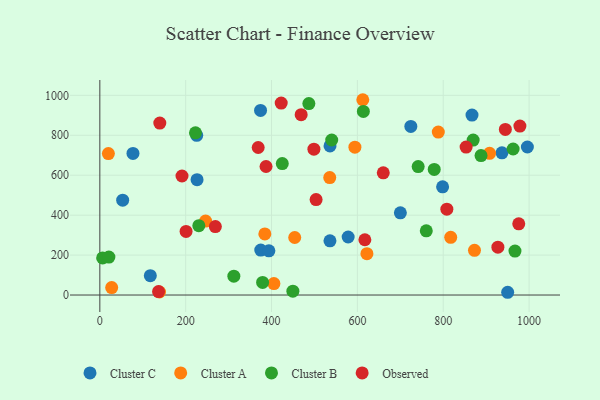
{"axis": {"x": "Distance", "y": "Fuel Efficiency"}, "legend": ["Cluster A", "Cluster B", "Cluster C", "Observed"], "data": [{"x": "536.2", "y": 746.8, "type": "Cluster C"}, {"x": "225.7", "y": 800.0, "type": "Cluster C"}, {"x": "798.5", "y": 541.8, "type": "Cluster C"}, {"x": "77.2", "y": 709.4, "type": "Cluster C"}, {"x": "536.1", "y": 271.4, "type": "Cluster C"}, {"x": "724.5", "y": 844.3, "type": "Cluster C"}, {"x": "117.6", "y": 96.7, "type": "Cluster C"}, {"x": "578.5", "y": 290.6, "type": "Cluster C"}, {"x": "374.9", "y": 225.3, "type": "Cluster C"}, {"x": "374.4", "y": 924.6, "type": "Cluster C"}, {"x": "393.8", "y": 221.6, "type": "Cluster C"}, {"x": "996.0", "y": 741.4, "type": "Cluster C"}, {"x": "53.2", "y": 475.1, "type": "Cluster C"}, {"x": "867.0", "y": 901.2, "type": "Cluster C"}, {"x": "936.8", "y": 712.1, "type": "Cluster C"}, {"x": "950.1", "y": 13.8, "type": "Cluster C"}, {"x": "226.5", "y": 577.5, "type": "Cluster C"}, {"x": "700.1", "y": 411.7, "type": "Cluster C"}, {"x": "817.4", "y": 289.0, "type": "Cluster A"}, {"x": "788.5", "y": 816.0, "type": "Cluster A"}, {"x": "27.6", "y": 37.3, "type": "Cluster A"}, {"x": "384.4", "y": 305.8, "type": "Cluster A"}, {"x": "535.6", "y": 588.4, "type": "Cluster A"}, {"x": "907.9", "y": 709.8, "type": "Cluster A"}, {"x": "594.2", "y": 740.4, "type": "Cluster A"}, {"x": "139.0", "y": 15.3, "type": "Cluster A"}, {"x": "622.2", "y": 206.9, "type": "Cluster A"}, {"x": "872.8", "y": 224.1, "type": "Cluster A"}, {"x": "246.3", "y": 370.4, "type": "Cluster A"}, {"x": "19.9", "y": 708.2, "type": "Cluster A"}, {"x": "612.6", "y": 978.1, "type": "Cluster A"}, {"x": "454.0", "y": 288.2, "type": "Cluster A"}, {"x": "405.5", "y": 57.6, "type": "Cluster A"}, {"x": "888.0", "y": 698.4, "type": "Cluster B"}, {"x": "540.2", "y": 776.3, "type": "Cluster B"}, {"x": "312.2", "y": 94.3, "type": "Cluster B"}, {"x": "230.6", "y": 347.3, "type": "Cluster B"}, {"x": "6.5", "y": 186.0, "type": "Cluster B"}, {"x": "760.5", "y": 321.5, "type": "Cluster B"}, {"x": "21.1", "y": 190.0, "type": "Cluster B"}, {"x": "486.9", "y": 959.0, "type": "Cluster B"}, {"x": "779.0", "y": 628.9, "type": "Cluster B"}, {"x": "379.2", "y": 63.3, "type": "Cluster B"}, {"x": "741.6", "y": 643.3, "type": "Cluster B"}, {"x": "613.9", "y": 919.7, "type": "Cluster B"}, {"x": "222.8", "y": 812.2, "type": "Cluster B"}, {"x": "425.0", "y": 658.3, "type": "Cluster B"}, {"x": "449.7", "y": 19.5, "type": "Cluster B"}, {"x": "967.1", "y": 219.9, "type": "Cluster B"}, {"x": "962.8", "y": 731.4, "type": "Cluster B"}, {"x": "869.7", "y": 775.8, "type": "Cluster B"}, {"x": "617.4", "y": 276.8, "type": "Observed"}, {"x": "191.4", "y": 596.0, "type": "Observed"}, {"x": "944.7", "y": 829.5, "type": "Observed"}, {"x": "808.4", "y": 430.0, "type": "Observed"}, {"x": "469.0", "y": 903.1, "type": "Observed"}, {"x": "660.3", "y": 612.2, "type": "Observed"}, {"x": "422.5", "y": 961.4, "type": "Observed"}, {"x": "139.7", "y": 861.4, "type": "Observed"}, {"x": "975.9", "y": 356.6, "type": "Observed"}, {"x": "200.9", "y": 318.5, "type": "Observed"}, {"x": "927.3", "y": 239.5, "type": "Observed"}, {"x": "978.6", "y": 846.2, "type": "Observed"}, {"x": "136.8", "y": 17.4, "type": "Observed"}, {"x": "853.3", "y": 741.2, "type": "Observed"}, {"x": "503.8", "y": 478.1, "type": "Observed"}, {"x": "387.2", "y": 643.6, "type": "Observed"}, {"x": "498.7", "y": 730.3, "type": "Observed"}, {"x": "368.9", "y": 738.8, "type": "Observed"}, {"x": "269.1", "y": 342.6, "type": "Observed"}]}